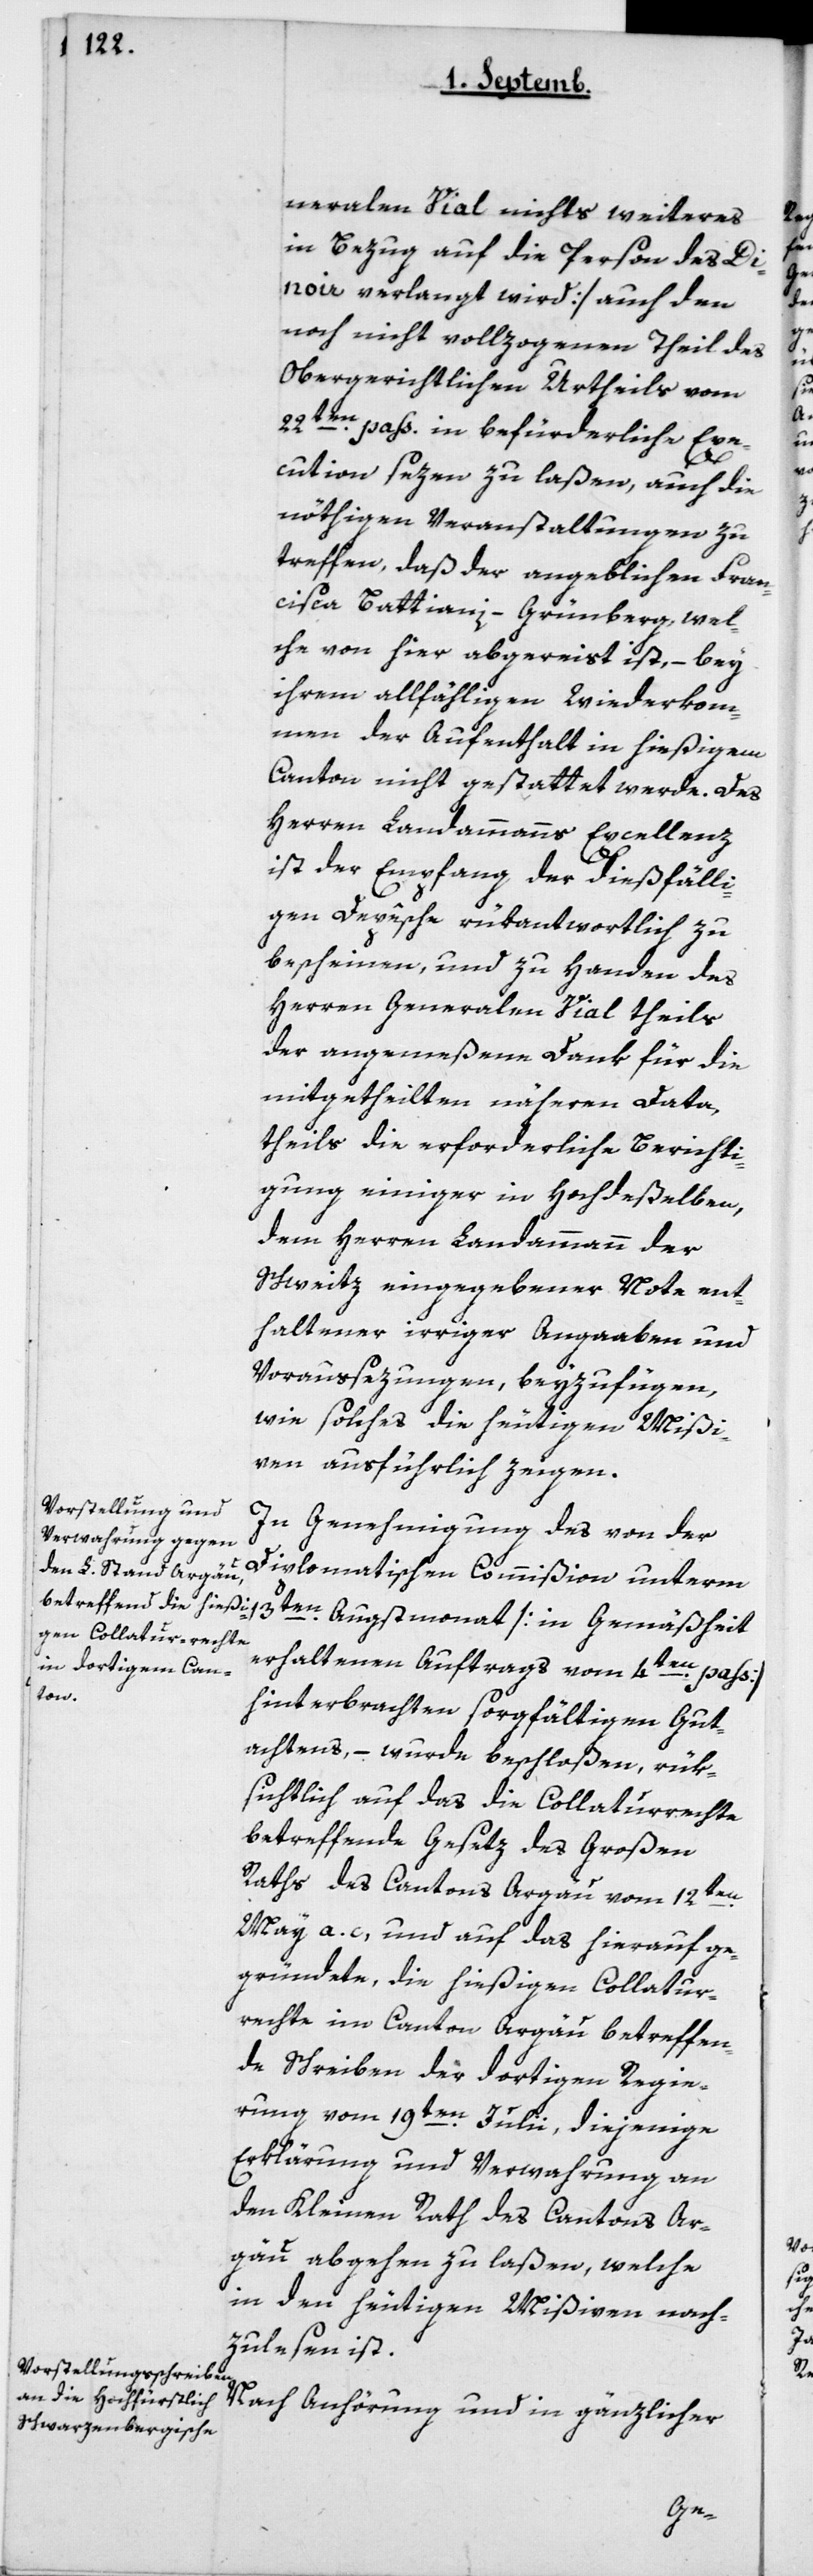
neralen Vial nichts Weiteres
in Bezug auf die Person des Di¬
noir verlangt wird] auch den
noch nicht vollzogenen Theil des
obergerichtlichen Urtheils vom
22ten pass. in befürderliche Exe¬
cution sezen zu laßen, auch die
nöthigen Veranstaltungen zu
treffen, daß der angeblichen Fran¬
cisca Battiani-Grünberg, wel¬
che von hier abgereist ist, – bey
ihrem allfälligen Wiederkom¬
men der Aufenthalt in hießigem
Canton nicht gestattet werde. Des
Herren Landammanns Excellenz
ist der Empfang der dießfälli¬
gen Depêche rükantwortlich zu
bescheinen, und zu Handen des
Herren Generalen Vial theils
der angemeßene Dank für die
mitgetheilten näheren Data,
theils die erforderliche Berichti¬
gung einiger in Hochdeßelben,
dem Herren Landammann der
Schweiz eingegebener Note ent¬
haltener irriger Angaaben und
Voraussezungen, beyzufügen,
wie solches die heutigen Mißi¬
ven ausführlich zeigen.
In Genehmigung des von der
Diplomatischen Commißion unterm
erhaltenen Auftrags vom 4ten pass.]
hinterbrachten sorgfältigen Gut¬
achtens, – wurde beschloßen, rük¬
sichtlich auf das die Collaturrechte
betreffende Gesetz des Großen
Raths des Cantons Argau vom 12ten
May a.c. und auf das hierauf ge¬
gründete, die hießigen Collatur¬
rechte im Canton Argau betreffen¬
de Schreiben der dortigen Regie¬
rung vom 19ten Julii, diejenige
Erklärung und Verwahrung an
den Kleinen Rath des Cantons Ar¬
gau abgehen zu laßen, welche
in den heutigen Mißiven nach¬
zulesen ist.
Nach Anhörung und in gänzlicher